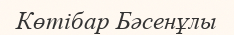
Көтібар Бәсенұлы